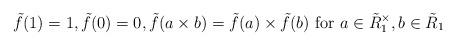
LaTeX: \begin{align*} \tilde{f}(1)=1, \tilde{f}(0)=0, \tilde{f}(a\times b)=\tilde{f}(a)\times\tilde{f}(b)\textrm{ for }a \in \tilde{R}_1^\times, b \in \tilde{R}_1\end{align*}